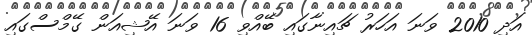
އަދި 2010 ވަނަ އަހަރު ޗައިނާގައި ބޭއްވި 16 ވަނަ އޭޝިއަން ގޭމްސްގައި